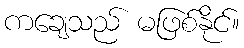
ကချေသည် မဖြစ်နိုင်။